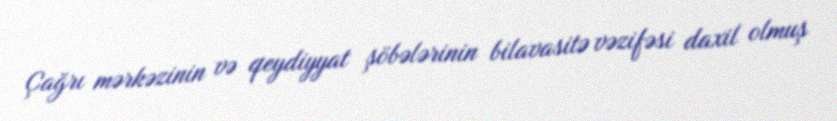
Çağrı mərkəzinin və qeydiyyat şöbələrinin bilavasitə vəzifəsi daxil olmuş